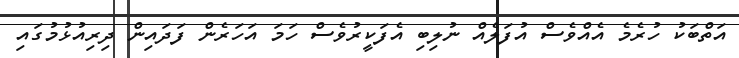
އަތްބަކު ހުރެމެ އެއްވެސް އުފަލެއް ނުލިބި އެފަކީރުވެސް ހަމަ އަހަރެން ފަދައިން ދިރިއުޅުމުގައި